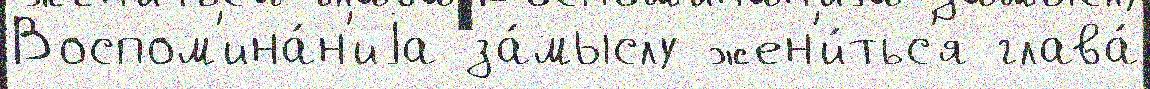
Воспом'ина́н'иjа за́мыслу жен'и́тьс'я глава́